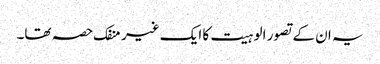
یہ ان کے تصور الوہیت کا ایک غیر منفک حصہ تھا۔